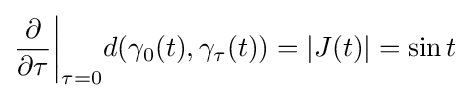
{\frac {\partial }{\partial \tau }}{\bigg |}_{\tau =0}d(\gamma _{0}(t),\gamma _{\tau }(t))=|J(t)|=\sin t